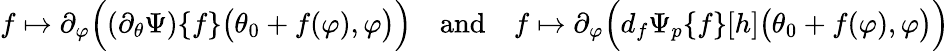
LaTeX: f\mapsto\partial_{\varphi}\Big((\partial_{\theta}\Psi)\{ f\} \big(\theta_{0}+f(\varphi),\varphi\big)\Big)\quad\textnormal{and}\quad f\mapsto\partial_{\varphi}\Big(d_{f}\Psi_{p}\{ f\} [h]\big(\theta_{0}+f(\varphi),\varphi\big)\Big)